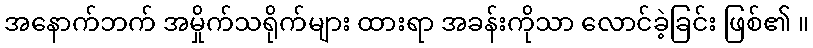
အနောက်ဘက် အမှိုက်သရိုက်များ ထားရာ အခန်းကိုသာ လောင်ခဲ့ခြင်း ဖြစ်၏ ။